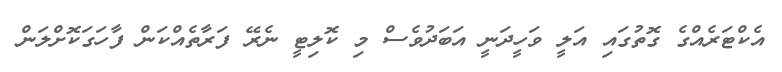
އެކްޓަރެއްގެ ގޮތުގައި އަލީ ވަހީދަނީ އަބަދުވެސް މި ކޮލިޓީ ނެރޭ ފަރާތެއްކަން ފާހަގަކޮށްލަން